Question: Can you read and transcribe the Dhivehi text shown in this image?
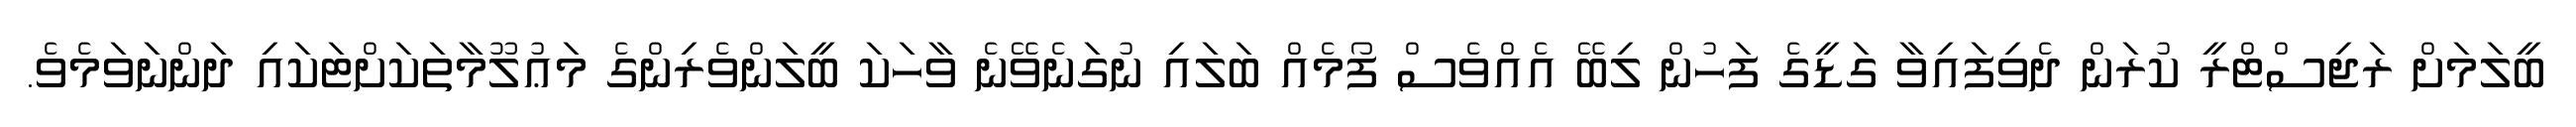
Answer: ބީލަމަށް ރަޖިސްޓްރީ ކުރަން ދެވިފައިވާ ގަޑީގެ ފަހުން ލިބޭ އެއްވެސް ފޯމެއް ބަލައި ނުގަނެވޭނެ ވާހަކަ ބީލަންވެރިންގެ މަޢުލޫމާތަކަށްޓަކައި ދަންނަވަމެވެ.